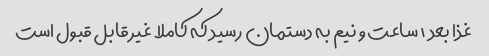
غذا بعد ۱ ساعت و نیم به دستمان رسید که کاملا غیر قابل قبول است